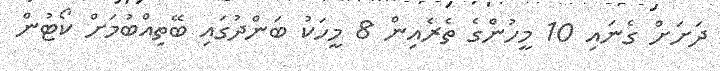
ދަށަށް ގެނައި 10 މީހުންގެ ތެރެއިން 8 މީހަކު ބަންދުގައި ބޭތިއްބުމަށް ކޯޓުން